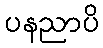
ပနညာပိ